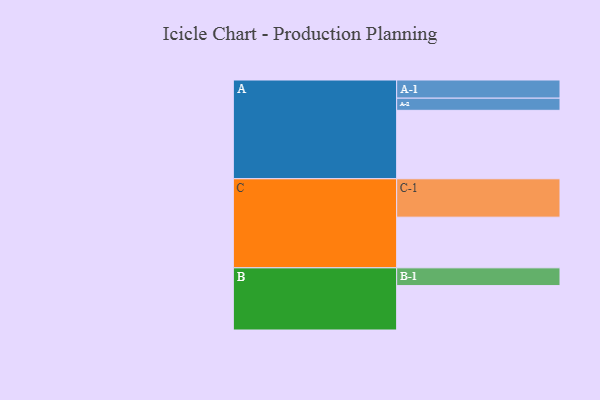
{"axis": {"x": "Segment", "y": "Value"}, "legend": ["", "A", "B", "C"], "data": [{"x": "A", "y": 501, "type": ""}, {"x": "B", "y": 325, "type": ""}, {"x": "C", "y": 371, "type": ""}, {"x": "A-1", "y": 133, "type": "A"}, {"x": "A-2", "y": 89, "type": "A"}, {"x": "B-1", "y": 130, "type": "B"}, {"x": "C-1", "y": 281, "type": "C"}]}